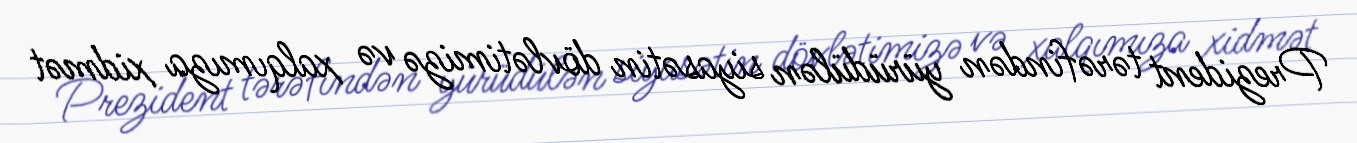
Prezident tərəfindən yürüdülən siyasətin dövlətimizə və xalqımıza xidmət